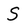
Character: S